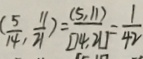
( \frac { 5 } { 1 4 } , \frac { 1 1 } { 2 1 } ) = \frac { ( 5 , 1 1 ) } { [ 7 4 . 2 1 ] } = \frac { 1 } { 4 2 }